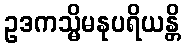
ဥဒကသ္မိမနုပရိယန္တိ